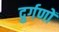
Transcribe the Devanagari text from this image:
दुर्गणों